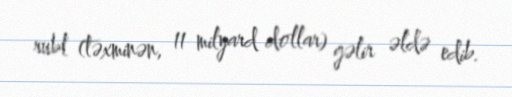
rubl (təxminən, 11 milyard dollar) gəlir əldə edib.